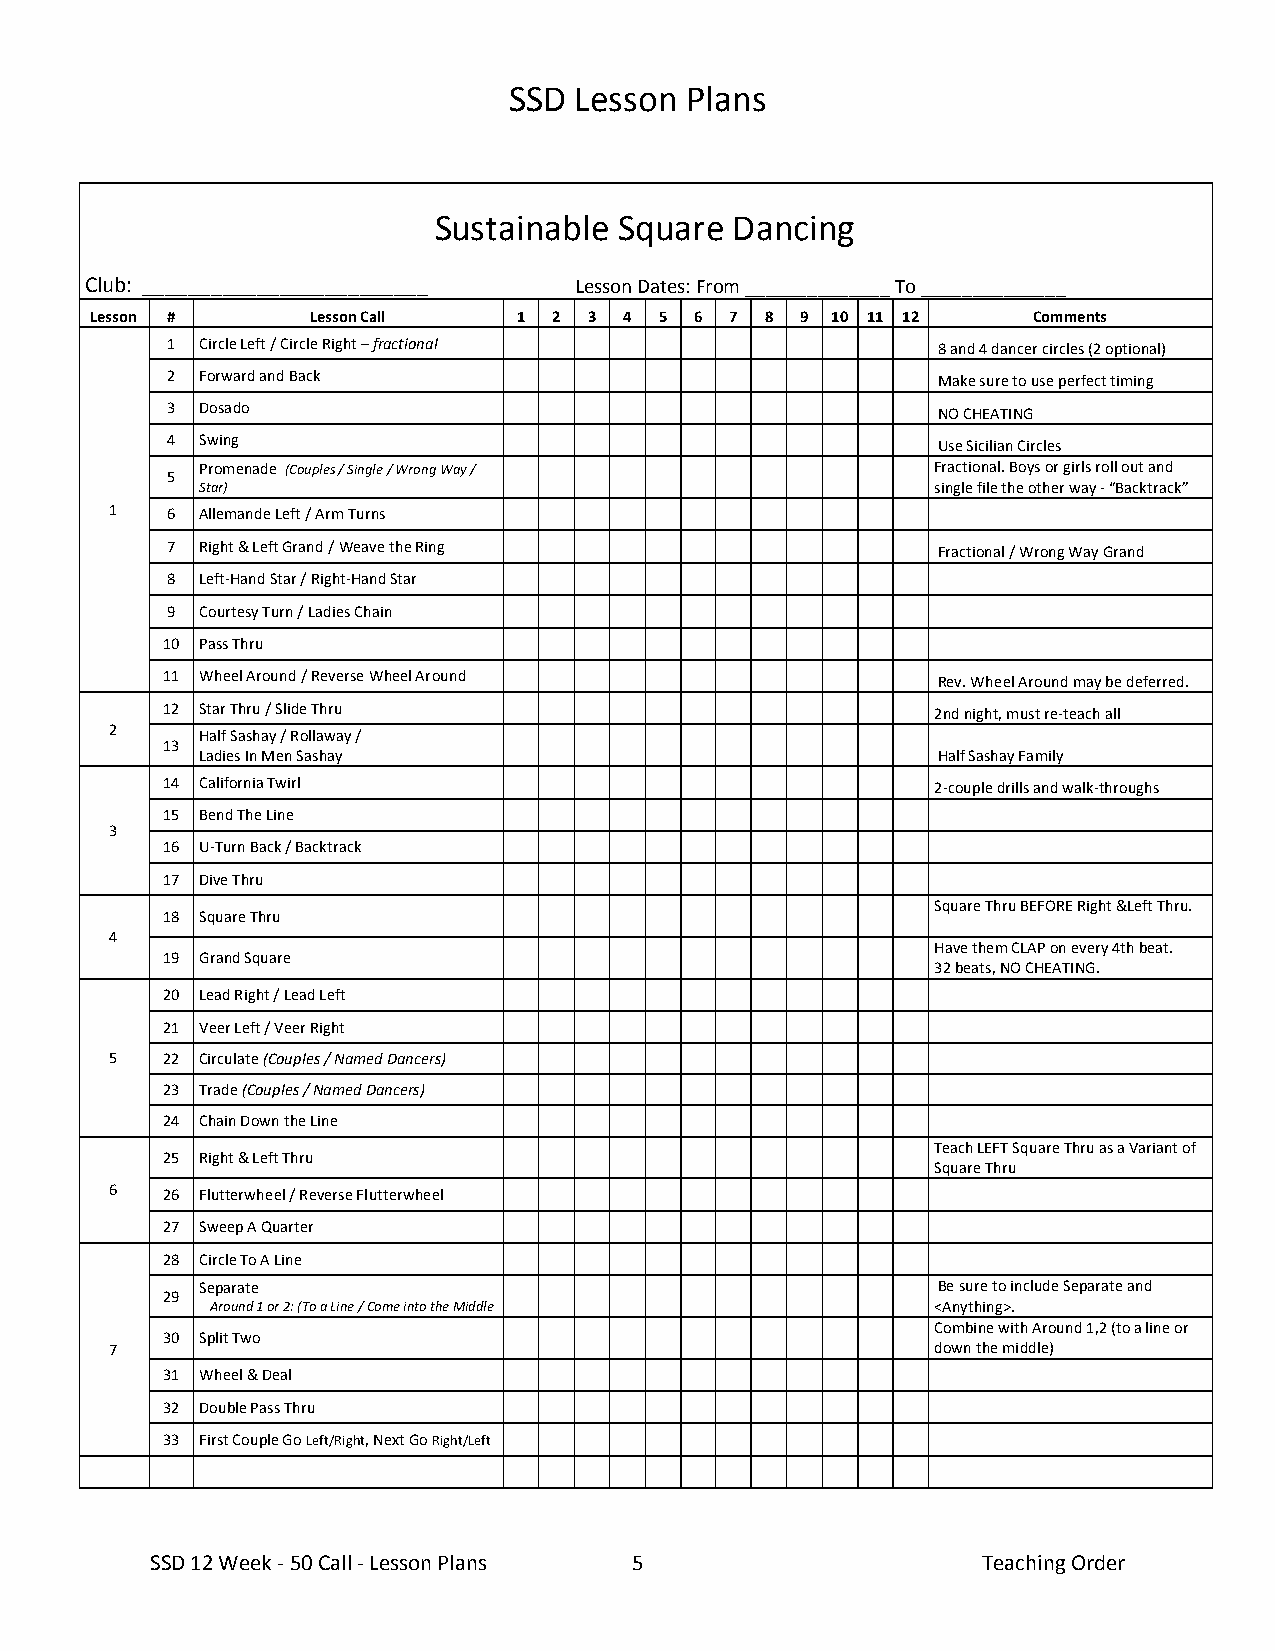
SSD Lesson Plans
 Sustainable Square Dancing
 Club: _________________________ Lesson Dates: From ______________ To ______________
 Lesson #       Lesson Call  1  2 3 4  5 6 7  8 9 10 11 12     Comments
 1 Circle Left / Circle Right – fractional          8 and 4 dancer circles (2 optional)
 2 Forward and Back                                 Make sure to use perfect timing
 3 Dosado                                           NO CHEATING
 4 Swing                                            Use Sicilian Circles
 Promenade (Couples / Single / Wrong Way /        Fractional. Boys or girls roll out and
 5
 Star)                                            single file the other way - “Backtrack”
 1   6 Allemande Left / Arm Turns
 7 Right & Left Grand / Weave the Ring              Fractional / Wrong Way Grand
 8 Left-Hand Star / Right-Hand Star
 9 Courtesy Turn / Ladies Chain
 10 Pass Thru
 11 Wheel Around / Reverse Wheel Around             Rev. Wheel Around may be deferred.
 12 Star Thru / Slide Thru                          2nd night, must re-teach all
 2     Half Sashay / Rollaway /
 13
 Ladies In Men Sashay                             Half Sashay Family
 14 California Twirl                                2-couple drills and walk-throughs
 15 Bend The Line
 3
 16 U-Turn Back / Backtrack
 17 Dive Thru
 Square Thru BEFORE Right &Left Thru.
 18 Square Thru
 4
 Have them CLAP on every 4th beat.
 19 Grand Square
 32 beats, NO CHEATING.
 20 Lead Right / Lead Left
 21 Veer Left / Veer Right
 5   22 Circulate (Couples / Named Dancers)
 23 Trade (Couples / Named Dancers)
 24 Chain Down the Line
 Teach LEFT Square Thru as a Variant of
 25 Right & Left Thru
 Square Thru
 6   26 Flutterwheel / Reverse Flutterwheel
 27 Sweep A Quarter
 28 Circle To A Line
 Separate                                         Be sure to include Separate and
 29
 Around 1 or 2: (To a Line / Come into the Middle <Anything>.
 Combine with Around 1,2 (to a line or
 30 Split Two
 7                                                      down the middle)
 31 Wheel & Deal
 32 Double Pass Thru
 33 First Couple Go Left/Right, Next Go Right/Left
 SSD 12 Week - 50 Call - Lesson Plans 5                 Teaching Order